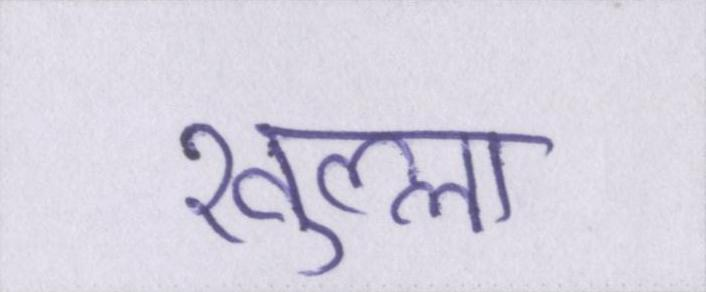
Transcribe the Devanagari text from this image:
खुल्ला